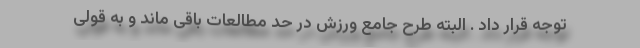
توجه قرار داد . البته طرح جامع ورزش در حد مطالعات باقی ماند و به قولی